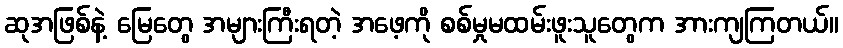
ဆုအဖြစ်နဲ့ မြေတွေ အများကြီးရတဲ့ အဖေ့ကို စစ်မှုမထမ်းဖူးသူတွေက အားကျကြတယ်။